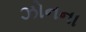
ઝોનના